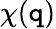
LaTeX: \chi(\mathtt{q})